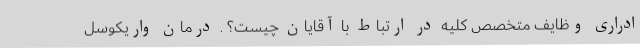
ادراری وظایف متخصص کلیه در ارتباط با آقایان چیست؟ . درمان واریکوسل